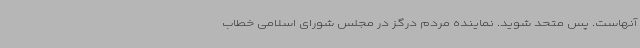
آنهاست. پس متحد شوید. نماینده مردم درگز در مجلس شورای اسلامی خطاب